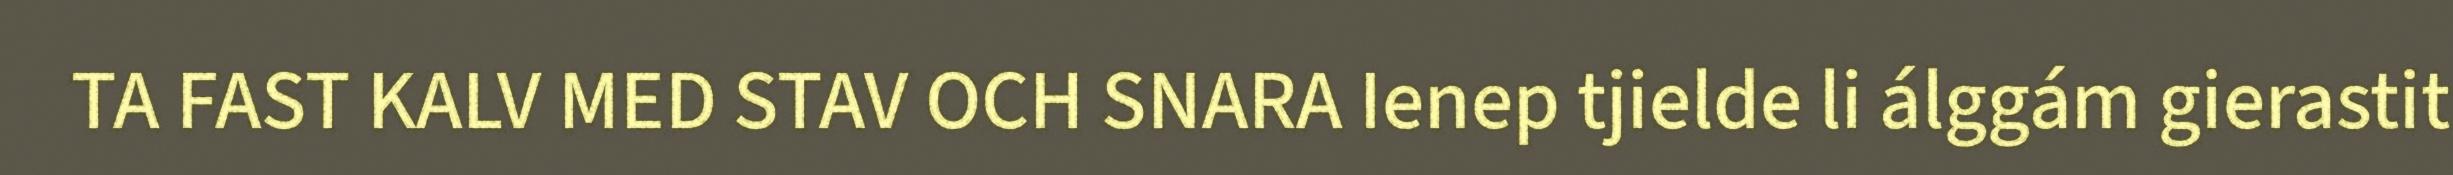
TA FAST KALV MED STAV OCH SNARA Ienep tjielde li álggám gierastit